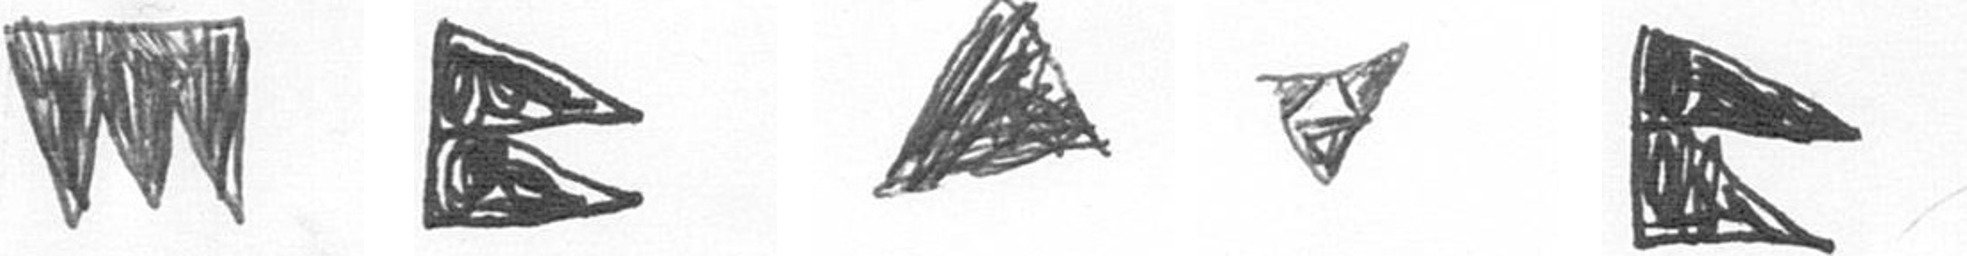
L P O S P